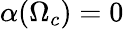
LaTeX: \alpha(\Omega_{c})=0